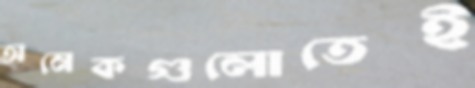
অনেকগুলোতেই